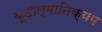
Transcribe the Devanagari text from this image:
कूदाल्मानिक्यम